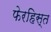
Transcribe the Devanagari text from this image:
फेरहिस्त